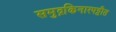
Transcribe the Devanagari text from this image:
समुद्रकिनारपट्टीत